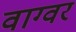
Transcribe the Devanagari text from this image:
वाग्वर